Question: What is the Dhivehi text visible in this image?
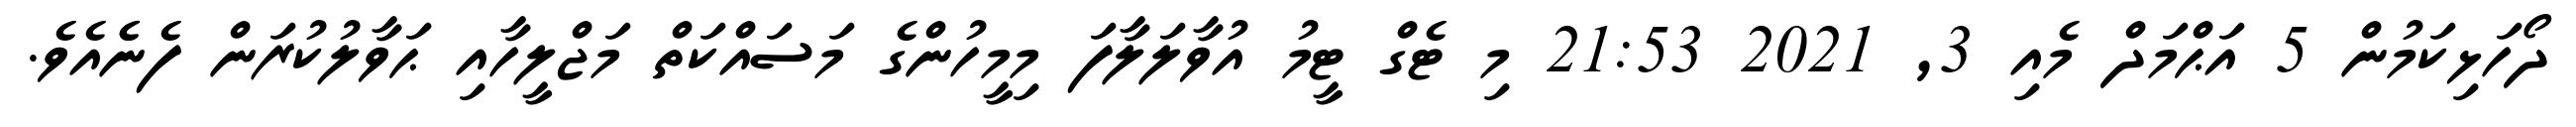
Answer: ދޯހަޅިކަމުން 5 އަޙްމަދް މެއި 3, 2021 21:53 މި ޓެގް ޓީމު އުވާލަލާފަ މިމީހުންގެ މަސައްކަތް މަޖްލީހާއި ޙަވާލުކުރަން ފެނެެއެވެ.